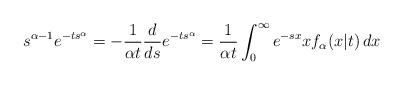
LaTeX: \begin{align*} s^{\alpha-1} e^{-ts^\alpha} &= -\frac{1}{\alpha t}\frac{d}{ds} e^{-ts^\alpha} = \frac{1}{\alpha t} \int_0^\infty e^{-sx} x f_\alpha(x\vert t)\, dx \end{align*}